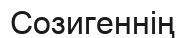
Созигеннің